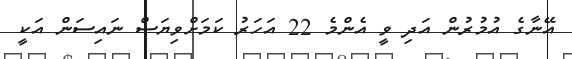
އޭނާގެ އުމުރުން އަދި ވީ އެންމެ 22 އަހަރު ކަމަށްވިޔަސް ނައިސަން އަކީ